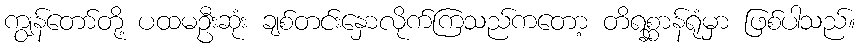
ကျွန်တော်တို့ ပထမဦးဆုံး ချစ်တင်းနှောလိုက်ကြသည်ကတော့ တိရစ္ဆာန်ရုံမှာ ဖြစ်ပါသည်။